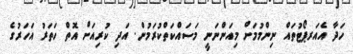
ހަދާ އެއަރޕޯޓުތައް ނިންމުމަށް މިއަންނަނީ މަސައްކަތްކުރަމުން. އަދި ކުރިއަށް އޮތް ހަތަރު އަހަރުގެ